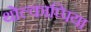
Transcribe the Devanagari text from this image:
थोल्काप्पिया